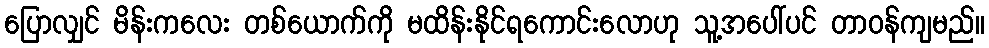
ပြောလျှင် မိန်းကလေး တစ်ယောက်ကို မထိန်းနိုင်ရကောင်းလောဟု သူ့အပေါ်ပင် တာဝန်ကျမည်။